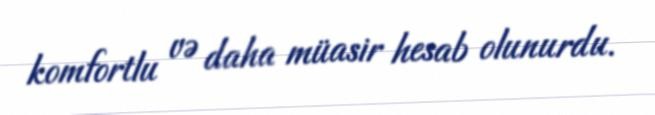
komfortlu və daha müasir hesab olunurdu.